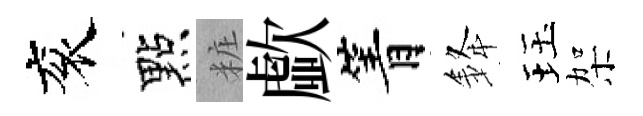
衮點粧歔箐𨦟珏架